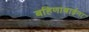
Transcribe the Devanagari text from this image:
बहिणाबाईना